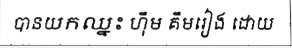
បានយកឈ្នះ ហ៊ឹម គឹមរៀង ដោយ